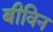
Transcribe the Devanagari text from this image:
बीविन